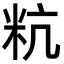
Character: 粇